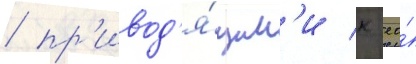
/ пр'ивод'я́щим'и к ео́